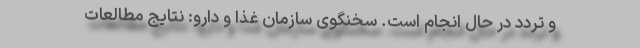
و تردد در حال انجام است. سخنگوی سازمان غذا و دارو: نتایج مطالعات